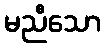
မညီသော